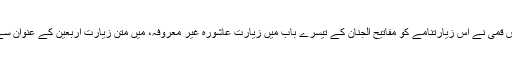
[13] شیخ عباس قمی نے اس زیارتنامے کو مفاتیح الجنان کے تیسرے باب میں زيارت عاشورہ غير معروفہ، میں متن زیارت اربعین کے عنوان سے درج کیا ہے۔